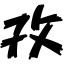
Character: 孜